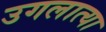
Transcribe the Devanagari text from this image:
उगलात्या